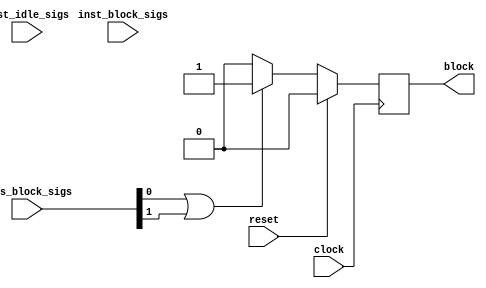
`timescale 1 ns / 1 ps

module ConvolutionInputGenerator_0_hls_deadlock_idx1_monitor ( // for module ConvolutionInputGenerator_0_ConvolutionInputGenerator_0_inst.grp_ConvolutionInputGenerator_5u_1u_8u_32u_28u_1u_1u_ap_resource_lutram_s_fu_28
    input wire clock,
    input wire reset,
    input wire [1:0] axis_block_sigs,
    input wire [1:0] inst_idle_sigs,
    input wire [0:0] inst_block_sigs,
    output wire block
);

// signal declare
reg monitor_find_block;
wire sub_parallel_block;
wire all_sub_parallel_has_block;
wire all_sub_single_has_block;
wire cur_axis_has_block;
wire seq_is_axis_block;

assign block = monitor_find_block;
assign all_sub_parallel_has_block = 1'b0;
assign all_sub_single_has_block = 1'b0;
assign cur_axis_has_block = 1'b0 | axis_block_sigs[0] | axis_block_sigs[1];
assign seq_is_axis_block = all_sub_parallel_has_block | all_sub_single_has_block | cur_axis_has_block;

always @(posedge clock) begin
    if (reset == 1'b1)
        monitor_find_block <= 1'b0;
    else if (seq_is_axis_block == 1'b1)
        monitor_find_block <= 1'b1;
    else
        monitor_find_block <= 1'b0;
end


// instant sub module
endmodule